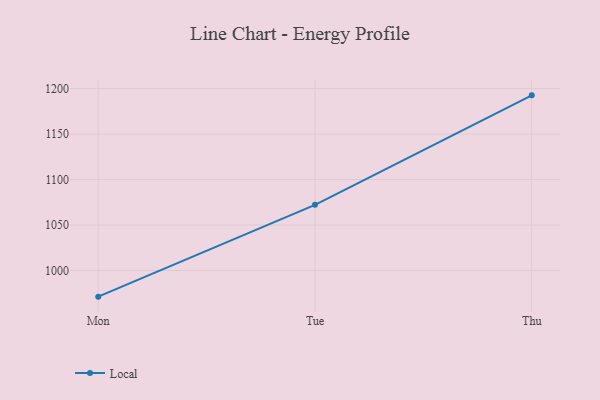
{"axis": {"x": "Day", "y": "Page Views"}, "legend": ["Local"], "data": [{"x": "Mon", "y": 971.3, "type": "Local"}, {"x": "Tue", "y": 1072.2, "type": "Local"}, {"x": "Thu", "y": 1192.6, "type": "Local"}]}